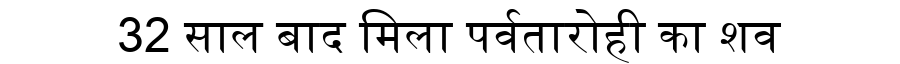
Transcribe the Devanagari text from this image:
32 साल बाद मिला पर्वतारोही का शव